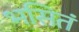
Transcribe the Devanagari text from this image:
भसितं